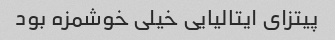
پیتزای ایتالیایی خیلی خوشمزه بود